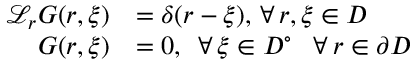
\begin{array} { r l } { \mathcal { L } _ { \boldsymbol { r } } G ( \boldsymbol { r } , \boldsymbol { \xi } ) } & { = \delta ( \boldsymbol { r } - \boldsymbol { \xi } ) , \, \forall \, \boldsymbol { r } , \boldsymbol { \xi } \in D } \\ { G ( \boldsymbol { r } , \boldsymbol { \xi } ) } & { = 0 , \, \, \, \forall \, \boldsymbol { \xi } \in D ^ { \circ } \: \: \, \, \forall \: \boldsymbol { r } \in \partial D } \end{array}